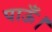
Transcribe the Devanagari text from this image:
पाऊँ।